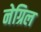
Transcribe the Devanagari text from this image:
नेग्रिल